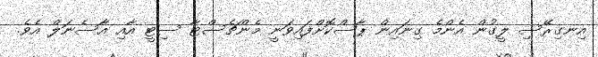
އިނގިރޭސި ލީގުން އެންމެ ގިނައިން ޕާސްކޮށްފައިވަނީ މެންޗެސްޓާ ސިޓީ އާއި އާސެނަލް އެވެ.